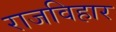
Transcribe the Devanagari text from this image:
राजविहार